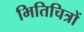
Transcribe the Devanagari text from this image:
भितिचित्रों